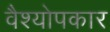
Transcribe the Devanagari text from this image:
वैश्योपकार